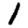
Digit: 1